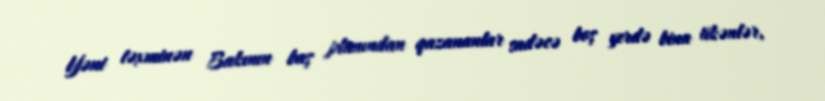
Yəni təxminən Bakının baş planından qazananlar sadəcə boş yerdə bina tikənlər,